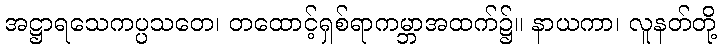
အဋ္ဌာရသေကပ္ပသတေ၊ တထောင့်ရှစ်ရာကမ္ဘာအထက်၌။ နာယကာ၊ လူနတ်တို့